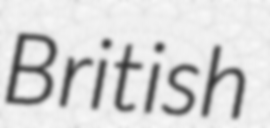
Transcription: British